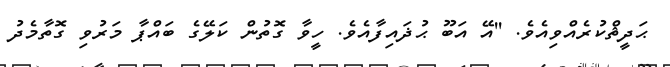
ޙަދީޘްކުރެއްވިއެވެ. ''އޭ އަބޫ ޙުޛައިފާއެވެ. ހީވާ ގޮތުން ކަލޭގެ ބައްޕާ މަރުވި ގޮތާމެދު